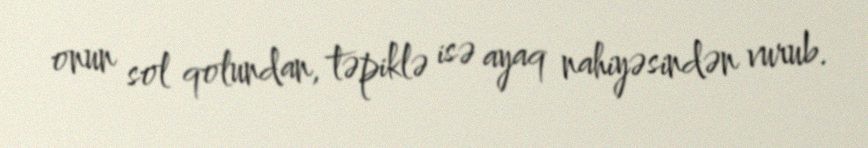
onun sol qolundan, təpiklə isə ayaq nahiyəsindən vurub.